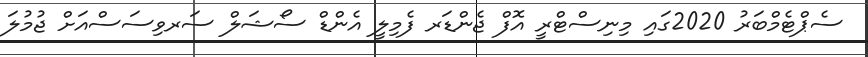
ސެޕްޓެމްބަރު 2020ގައި މިނިސްޓްރީ އޮފް ޖެންޑަރ ފެމިލީ އެންޑް ސޯޝަލް ސަރވިސަސްއަށް ޖުމުލަ